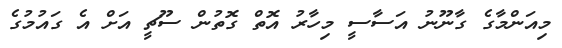
މިއަންމާގެ ގާނޫނު އަސާސީ މިހާރު އޮތް ގޮތުން ސޫޗީ އަށް އެ ގައުމުގެ